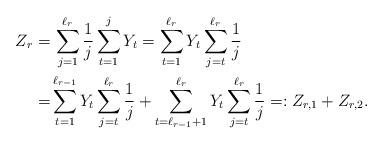
LaTeX: \begin{align*}Z_r=&\,\sum_{j=1}^{\ell_r}\frac{1}{j}\sum_{t=1}^jY_t=\sum_{t=1}^{\ell_r}Y_t\sum_{j=t}^{\ell_r}\frac{1}{j}\\=&\sum_{t=1}^{\ell_{r-1}}Y_t\sum_{j=t}^{\ell_r}\frac{1}{j}+\sum_{t=\ell_{r-1}+1}^{\ell_r}Y_t\sum_{j=t}^{\ell_r}\frac{1}{j}=:Z_{r,1}+Z_{r,2}.\end{align*}